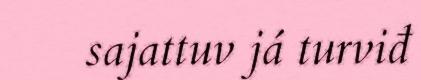
sajattuv já turviđ